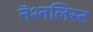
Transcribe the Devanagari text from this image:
नॅश्नलिस्ट